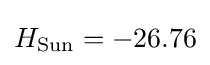
H_{\text{Sun}}=-26.76